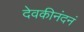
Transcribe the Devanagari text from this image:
देवकीनंदनं